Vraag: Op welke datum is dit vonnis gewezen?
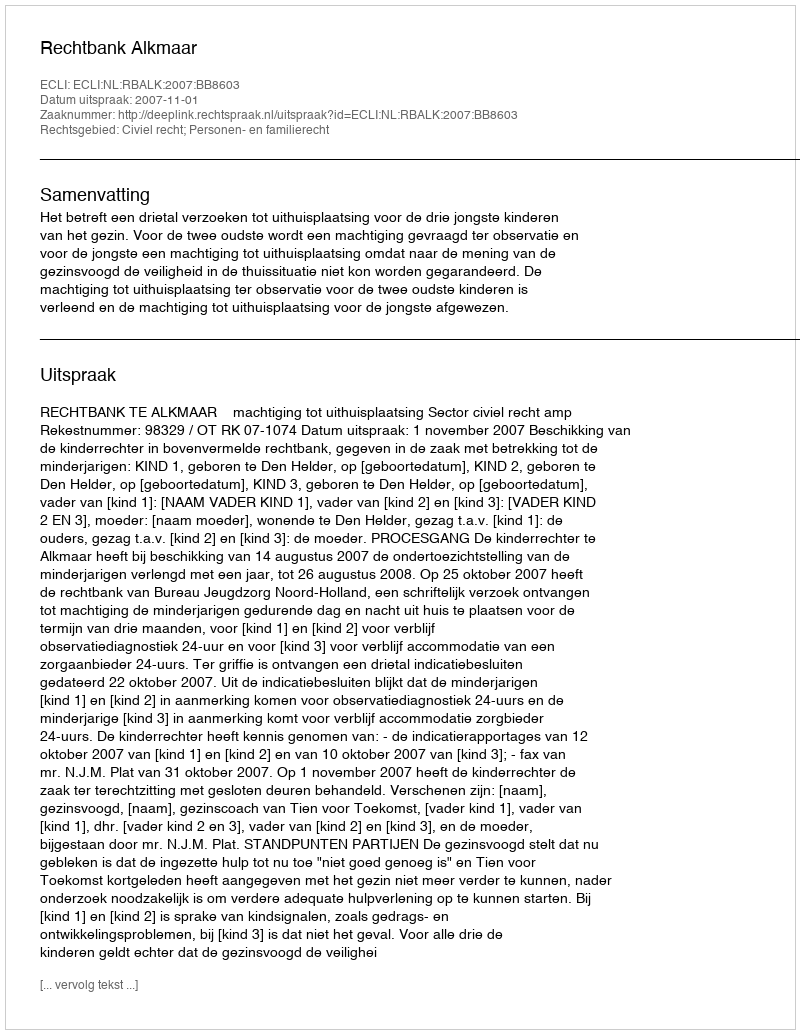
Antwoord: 2007-11-01